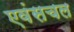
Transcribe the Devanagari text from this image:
एवंसचल